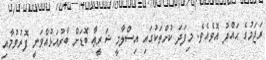
ރަޖަމުގެ ޙައްދު އޮވެއެވެ. މިފަދަ ކުށްތަކުގައި އިސްލާމީ ޝަރީޢާ ބޮޑަށް ބާރުއަޅުއްވަނީ ފޮރުވުމާއި